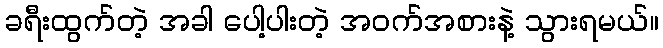
ခရီးထွက်တဲ့ အခါ ပေါ့ပါးတဲ့ အဝက်အစားနဲ့ သွားရမယ်။